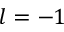
l = - 1